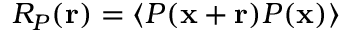
R _ { P } ( \mathbf { r } ) = \langle P ( \mathbf { x } + \mathbf { r } ) P ( \mathbf { x } ) \rangle